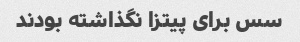
سس برای پیتزا نگذاشته بودند